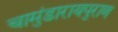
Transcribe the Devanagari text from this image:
चामुंडारायपुराण